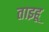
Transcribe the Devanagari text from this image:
ताइहू